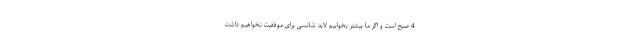
4 صبح است و اگر ما بیشتر بخوابیم لابد شانسی برای موفقیت نخواهیم داشت